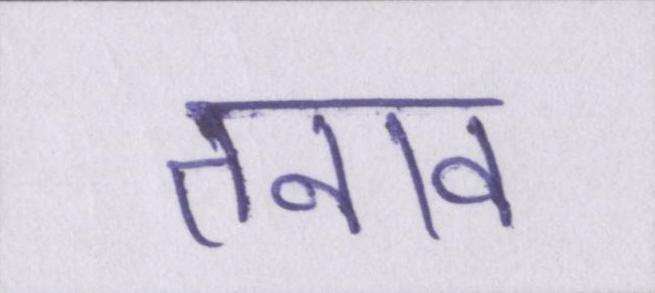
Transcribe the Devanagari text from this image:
तनाव